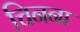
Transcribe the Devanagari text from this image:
चिनना